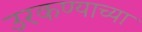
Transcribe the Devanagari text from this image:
उरकण्याच्या